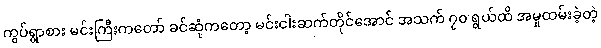
ကွပ်ရွာစား မင်းကြီးကတော် ခင်ဆုံကတော့ မင်းငါးဆက်တိုင်အောင် အသက် ၇၀ ရွယ်ထိ အမှုထမ်းခဲ့တဲ့